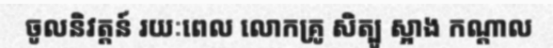
ចូលនិវត្តន៍ រយៈពេល លោកគ្រូ សិត្បូ ស្អាង កណ្តាល